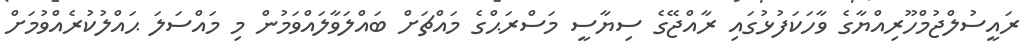
ރައީސުލްޖުމްހޫރިއްޔާގެ ވާހަކަފުޅުގައި ރާއްޖޭގެ ސިޔާސީ މަސްރަޙްގެ މައްޗަށް ބައްލަވާލައްވަމުން މި މައްސަލަ ޙައްލުކުރެއްވުމަށް